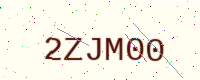
Text: 2ZJM00